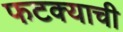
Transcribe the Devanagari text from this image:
फटक्याची